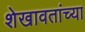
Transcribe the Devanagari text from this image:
शेखावतांच्या